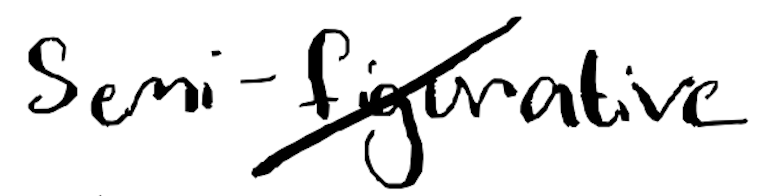
Text: semi-figurative
Cross-out: diagonal
Writing tool: digital_black